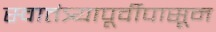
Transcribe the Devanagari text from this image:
स्वातंत्र्यापूर्वीपासून